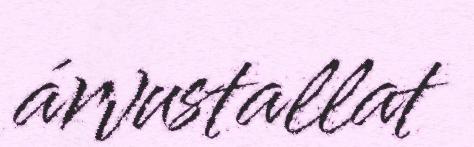
árvustallat